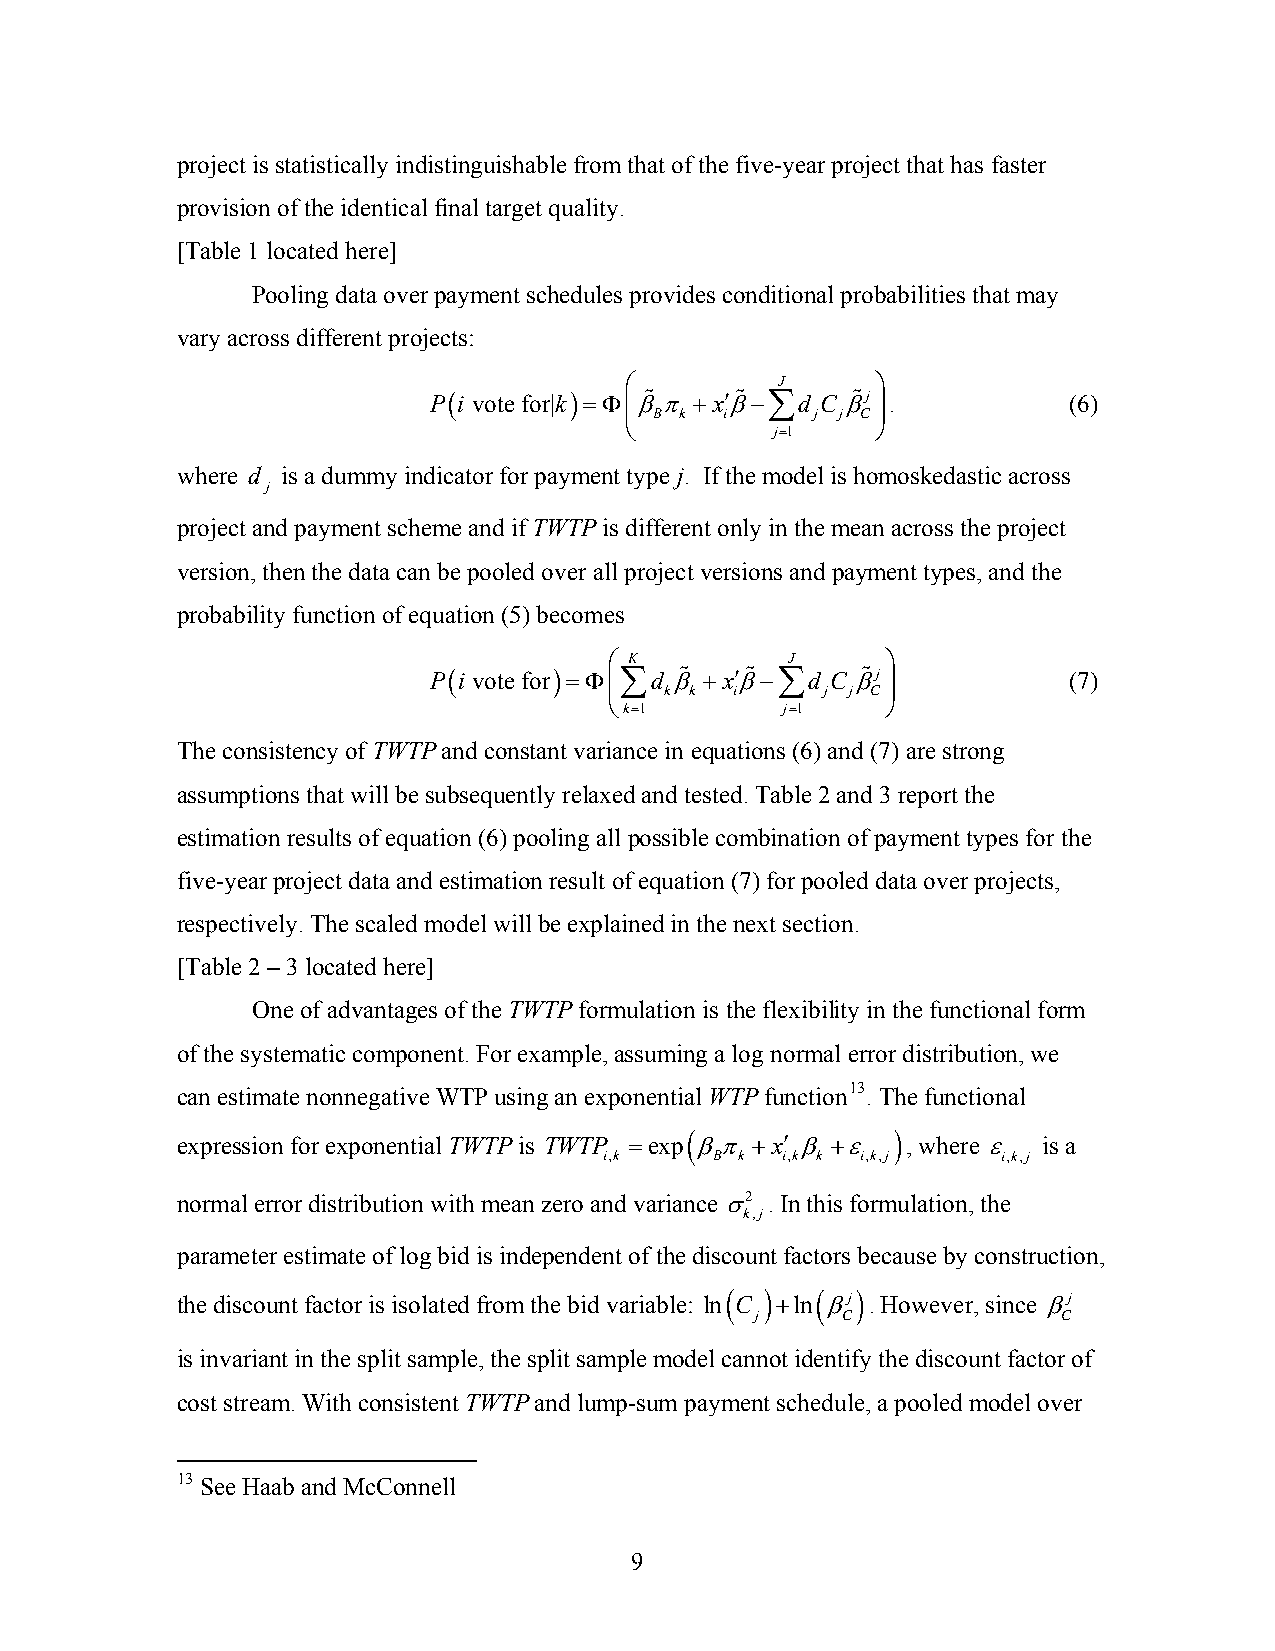
project is statistically indistinguishable from that of the five-year project that has faster
 provision of the identical final target quality.
 [Table 1 located here]
 Pooling data over payment schedules provides conditional probabilities that may
 vary across different projects:
 ⎛         J      ⎞
 P(i vote for|k)=Φ⎜β% π +x′β%−∑d C β%j ⎟.   (6)
 B k  i     j j C
 ⎝         j=1    ⎠
 where d is a dummy indicator for payment type j. If the model is homoskedastic across
 j
 project and payment scheme and if TWTP is different only in the mean across the project
 version, then the data can be pooled over all project versions and payment types, and the
 probability function of equation (5) becomes
 ⎛ K         J      ⎞
 P(i vote for)=Φ⎜∑d β% +x′β%−∑d C β%j ⎟     (7)
 k k  i     j j C
 ⎝k=1        j=1    ⎠
 The consistency of TWTP and constant variance in equations (6) and (7) are strong
 assumptions that will be subsequently relaxed and tested. Table 2 and 3 report the
 estimation results of equation (6) pooling all possible combination of payment types for the
 five-year project data and estimation result of equation (7) for pooled data over projects,
 respectively. The scaled model will be explained in the next section.
 [Table 2 – 3 located here]
 One of advantages of the TWTP formulation is the flexibility in the functional form
 of the systematic component. For example, assuming a log normal error distribution, we
 can estimate nonnegative WTP using an exponential WTP function13. The functional
 (             )
 expression for exponential TWTP is TWTP =exp βπ +x′ β +ε , where ε is a
 i,k    B k  i,k k i,k,j   i,k,j
 normal error distribution with mean zero and variance σ2 . In this formulation, the
 k,j
 parameter estimate of log bid is independent of the discount factors because by construction,
 the discount factor is isolated from the bid variable: ln( C ) +ln( βj) . However, since βj
 j     C             C
 is invariant in the split sample, the split sample model cannot identify the discount factor of
 cost stream. With consistent TWTP and lump-sum payment schedule, a pooled model over
 13 See Haab and McConnell
 9